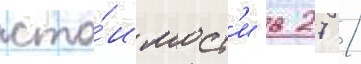
сто́имост'и в 27 /